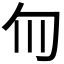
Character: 𫧁